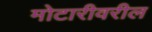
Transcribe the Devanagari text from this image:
मोटारीवरील